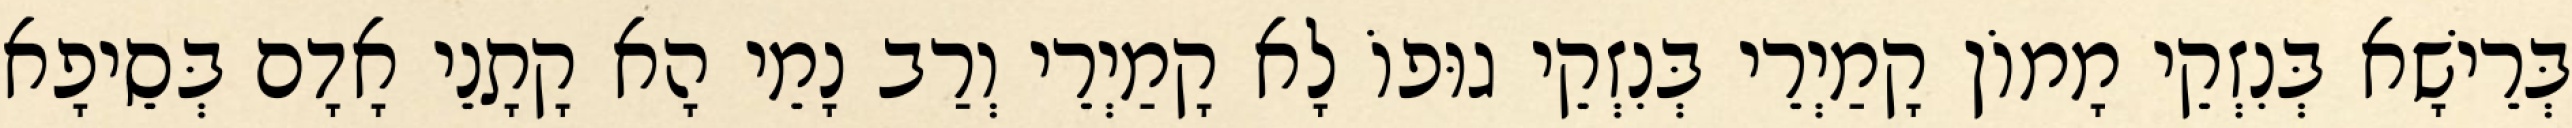
בְּרֵישָׁא בְּנִזְקֵי מָמוֹן קָמַיְרֵי בְּנִזְקֵי גוּפוֹ לָא קָמַיְרֵי וְרַב נָמֵי הָא קָתָנֵי אָדָם בְּסֵיפָא